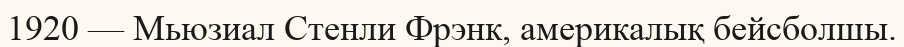
1920 — Мьюзиал Стенли Фрэнк, америкалық бейсболшы.